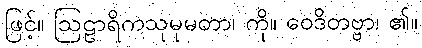
ဖြင့်။ ဩဠာရိကသုမုမတာ၊ ကို။ ဝေဒိတဗ္ဗာ၊ ၏။